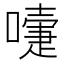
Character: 𭋄